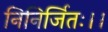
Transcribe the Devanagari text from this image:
निनिर्जितः।।